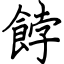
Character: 餑